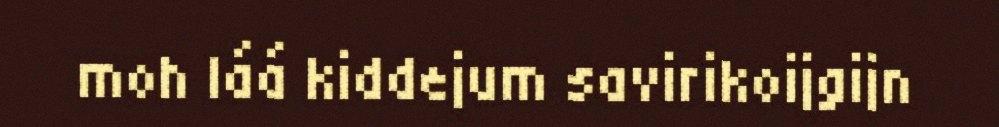
moh láá kiddejum savirikoijgijn